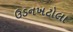
ઉડનખટોલા